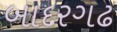
બાદરગઢ